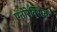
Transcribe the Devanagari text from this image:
एनोरेक्सिक